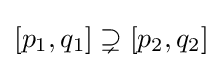
[p_{1},q_{1}]\supsetneq [p_{2},q_{2}]